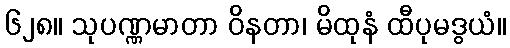
၆၂၈။ သုပဏ္ဏမာတာ ဝိနတာ၊ မိထုနံ ထီပုမဒွယံ။